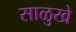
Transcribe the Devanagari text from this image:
साळुखे